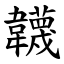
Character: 韤